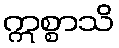
ဣစ္စာသိ